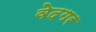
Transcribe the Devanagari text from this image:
वेदगर